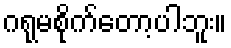
ဂရုမစိုက်တော့ပါဘူး။